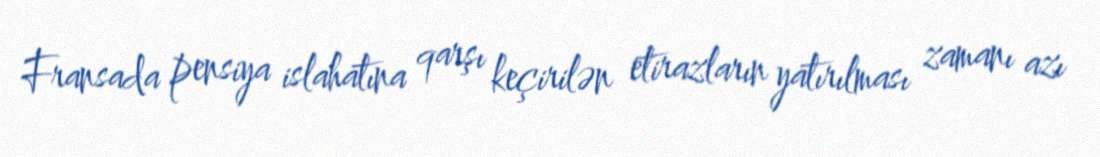
Fransada pensiya islahatına qarşı keçirilən etirazların yatırılması zamanı azı